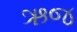
ઋજ